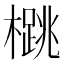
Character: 𪴁